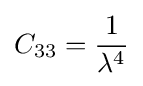
C_{33}={\frac {1}{\lambda ^{4}}}